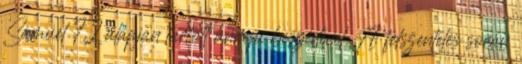
Sámuel 7,2 alapján tartott ünnepi beszédével. A felszentelés során